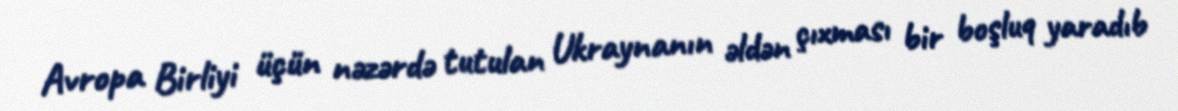
Avropa Birliyi üçün nəzərdə tutulan Ukraynanın əldən çıxması bir boşluq yaradıb